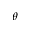
\theta